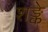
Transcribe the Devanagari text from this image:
शङ्के